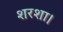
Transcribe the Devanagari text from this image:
शरशा।